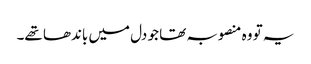
یہ تو وہ منصوبہ تھا جو دل میں باندھا تھے۔